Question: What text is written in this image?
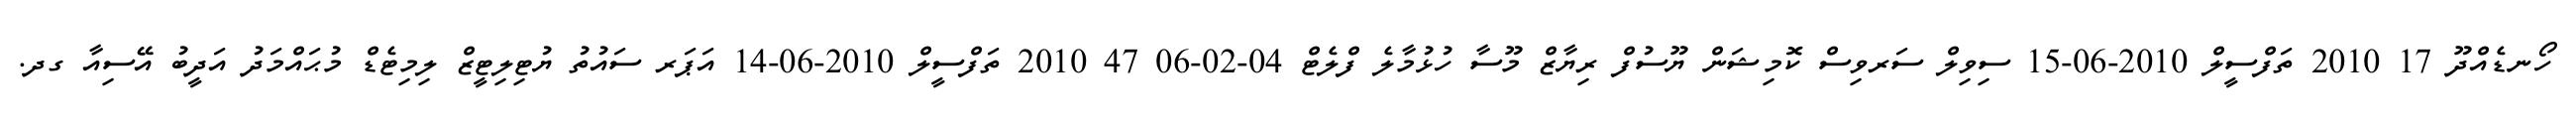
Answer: ހޯނޑެއްދޫ 17 2010 ތަފްސީލް 2010-06-15 ސިވިލް ސަރވިސް ކޮމިޝަން ޔޫސުފް ރިޔާޒް މޫސާ ހުޅުމާލެ ފްލެޓް 04-02-06 47 2010 ތަފްސީލް 2010-06-14 އަޕަރ ސައުތު ޔުޓިލިޓީޒް ލިމިޓެޑް މުޙައްމަދު އަދީބު އޭސިއާ ގދ.